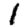
Digit: 1